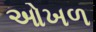
ઓખળ